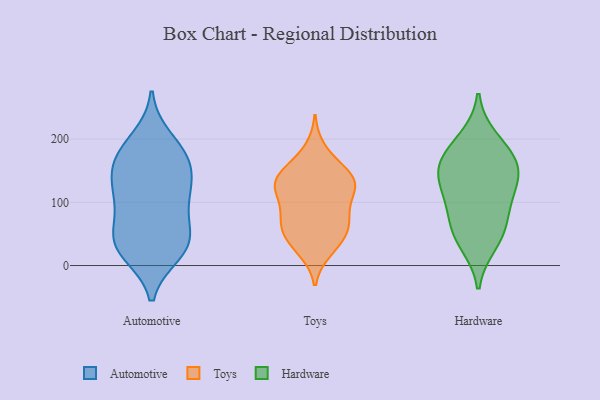
{"axis": {"x": "Population (Million)", "y": "Value"}, "legend": ["Automotive", "Hardware", "Toys"], "data": [{"x": "", "y": 44, "type": "Automotive"}, {"x": "", "y": 121, "type": "Automotive"}, {"x": "", "y": 170, "type": "Automotive"}, {"x": "", "y": 97, "type": "Automotive"}, {"x": "", "y": 121, "type": "Automotive"}, {"x": "", "y": 29, "type": "Automotive"}, {"x": "", "y": 47, "type": "Automotive"}, {"x": "", "y": 92, "type": "Automotive"}, {"x": "", "y": 179, "type": "Automotive"}, {"x": "", "y": 43, "type": "Automotive"}, {"x": "", "y": 200, "type": "Automotive"}, {"x": "", "y": 25, "type": "Automotive"}, {"x": "", "y": 20, "type": "Automotive"}, {"x": "", "y": 166, "type": "Automotive"}, {"x": "", "y": 161, "type": "Automotive"}, {"x": "", "y": 131, "type": "Automotive"}, {"x": "", "y": 55, "type": "Toys"}, {"x": "", "y": 137, "type": "Toys"}, {"x": "", "y": 27, "type": "Toys"}, {"x": "", "y": 23, "type": "Toys"}, {"x": "", "y": 78, "type": "Toys"}, {"x": "", "y": 82, "type": "Toys"}, {"x": "", "y": 161, "type": "Toys"}, {"x": "", "y": 128, "type": "Toys"}, {"x": "", "y": 184, "type": "Toys"}, {"x": "", "y": 75, "type": "Toys"}, {"x": "", "y": 128, "type": "Toys"}, {"x": "", "y": 139, "type": "Toys"}, {"x": "", "y": 50, "type": "Toys"}, {"x": "", "y": 120, "type": "Toys"}, {"x": "", "y": 99, "type": "Toys"}, {"x": "", "y": 46, "type": "Toys"}, {"x": "", "y": 60, "type": "Toys"}, {"x": "", "y": 136, "type": "Toys"}, {"x": "", "y": 115, "type": "Toys"}, {"x": "", "y": 145, "type": "Toys"}, {"x": "", "y": 179, "type": "Hardware"}, {"x": "", "y": 200, "type": "Hardware"}, {"x": "", "y": 102, "type": "Hardware"}, {"x": "", "y": 54, "type": "Hardware"}, {"x": "", "y": 152, "type": "Hardware"}, {"x": "", "y": 162, "type": "Hardware"}, {"x": "", "y": 149, "type": "Hardware"}, {"x": "", "y": 60, "type": "Hardware"}, {"x": "", "y": 35, "type": "Hardware"}, {"x": "", "y": 103, "type": "Hardware"}, {"x": "", "y": 133, "type": "Hardware"}]}